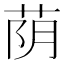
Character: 荫